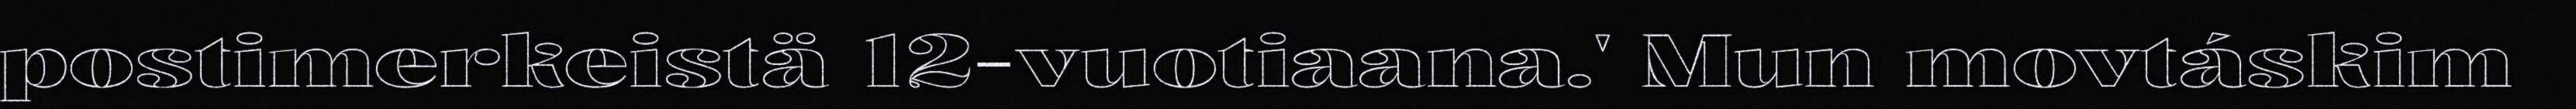
postimerkeistä 12-vuotiaana.' Mun movtáskim